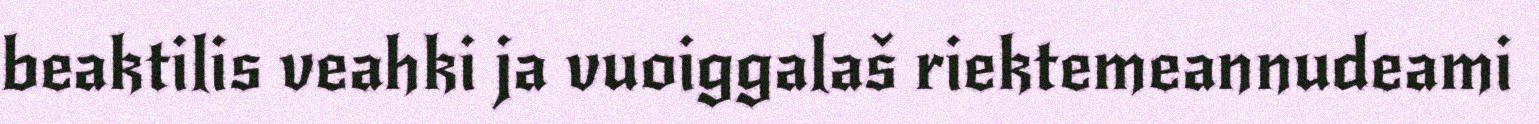
beaktilis veahki ja vuoiggalaš riektemeannudeami